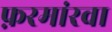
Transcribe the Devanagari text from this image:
फ़रमांरवा